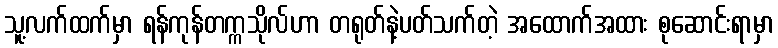
သူ့လက်ထက်မှာ ရန်ကုန်တက္ကသိုလ်ဟာ တရုတ်နဲ့ပတ်သက်တဲ့ အထောက်အထား စုဆောင်းရာမှာ